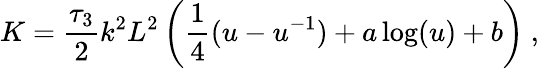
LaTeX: K={\frac{\tau_{3}}{2}}k^{2}L^{2}\left({\frac{1}{4}}(u-u^{-1})+a\log(u)+b\right)\ ,